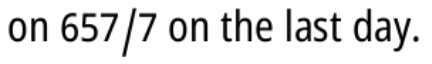
on 657/7 on the last day.